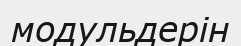
модульдерін